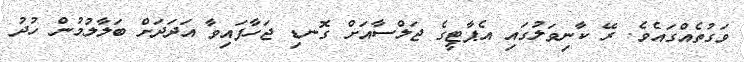
ވަގުތެއްގައެވެ. ރޭ ކާނިވަލުގައި އެޕާޓީގެ ޖަލްސާއަށް ގޮނޑި ޖަހާފައިވާ އަދަދަށް ބަލާލުމުން ހުދު